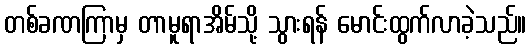
တစ်ခဏကြာမှ တာမူရာအိမ်သို့ သွားရန် မောင်းထွက်လာခဲ့သည်။